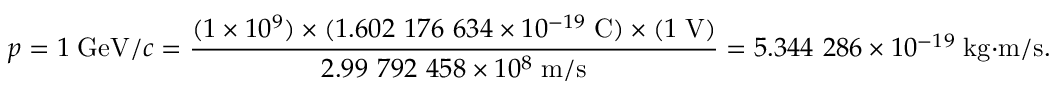
p = 1 \; { \mathrm { G e V } } / c = { \frac { ( 1 \times 1 0 ^ { 9 } ) \times ( 1 . 6 0 2 \ 1 7 6 \ 6 3 4 \times 1 0 ^ { - 1 9 } \; { \mathrm { C } } ) \times ( 1 \; { \mathrm { V } } ) } { 2 . 9 9 \ 7 9 2 \ 4 5 8 \times 1 0 ^ { 8 } \; { \mathrm { m } } / { \mathrm { s } } } } = 5 . 3 4 4 \ 2 8 6 \times 1 0 ^ { - 1 9 } \; { \mathrm { k g } } { \cdot } { \mathrm { m } } / { \mathrm { s } } .